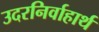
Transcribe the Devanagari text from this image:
उदरनिर्वाहार्थ